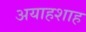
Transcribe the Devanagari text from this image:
अयाहशाह